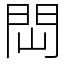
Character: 閊